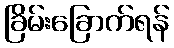
ခြိမ်းခြောက်ရန်